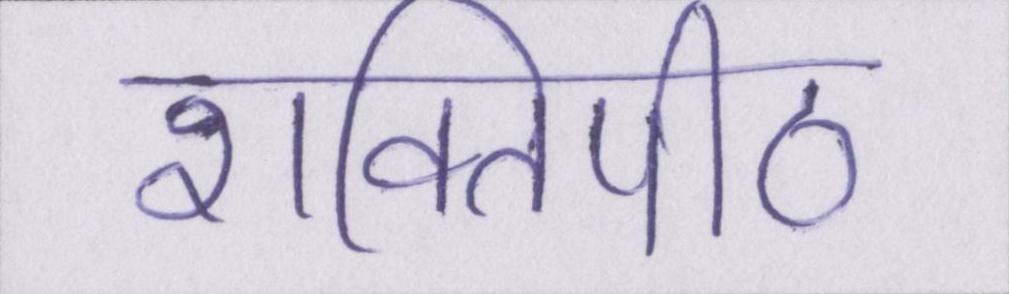
शक्तिपीठ